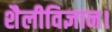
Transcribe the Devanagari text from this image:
शैलीविज्ञान।